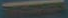
-